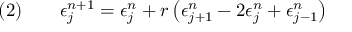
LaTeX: \quad ( 2 ) \qquad \epsilon _ { j } ^ { n + 1 } = \epsilon _ { j } ^ { n } + r \left( \epsilon _ { j + 1 } ^ { n } - 2 \epsilon _ { j } ^ { n } + \epsilon _ { j - 1 } ^ { n } \right)